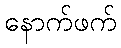
နောက်ဖက်